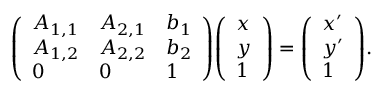
{ \left( \begin{array} { l l l } { A _ { 1 , 1 } } & { A _ { 2 , 1 } } & { b _ { 1 } } \\ { A _ { 1 , 2 } } & { A _ { 2 , 2 } } & { b _ { 2 } } \\ { 0 } & { 0 } & { 1 } \end{array} \right) } { \left( \begin{array} { l } { x } \\ { y } \\ { 1 } \end{array} \right) } = { \left( \begin{array} { l } { x ^ { \prime } } \\ { y ^ { \prime } } \\ { 1 } \end{array} \right) } .